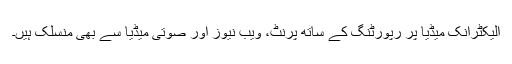
الیکٹرانک میڈیا پر رپورٹنگ کے ساتھ پرنٹ، ویب نیوز اور صوتی میڈیا سے بھی منسلک ہیں۔